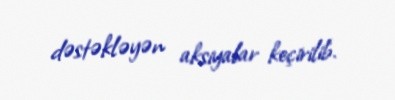
dəstəkləyən aksiyalar keçirilib.